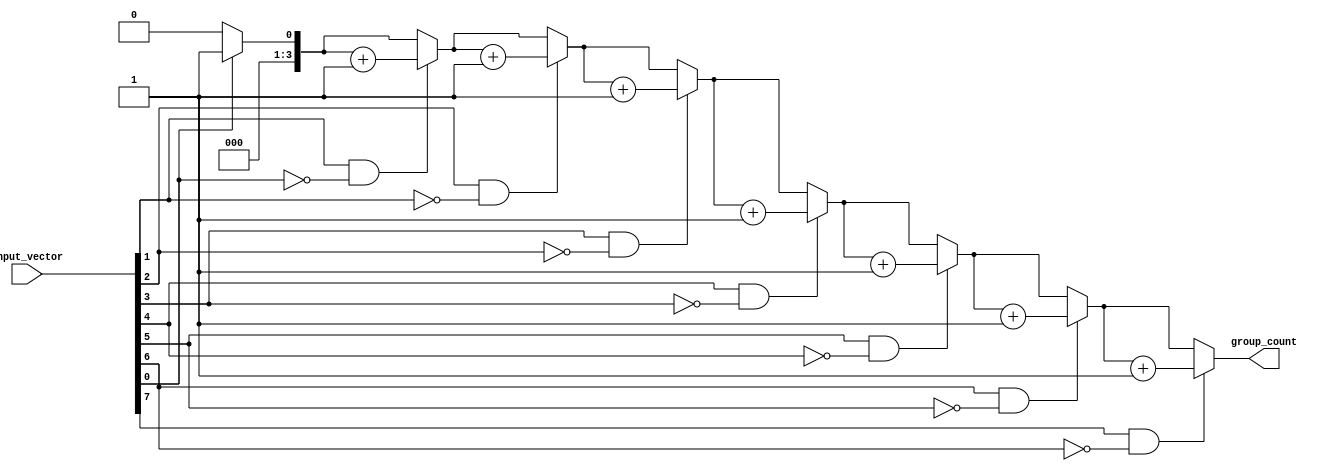
module grouping_of_ones #(
    parameter n = 8  // Input vector size
)(
    input  wire [n-1:0] input_vector,  // n-bit binary input vector
    output reg  [3:0] group_count        // Output: Count of groups (max 15 groups for 8 bits)
);

    integer i;  // Loop index

    always @(*) begin
        group_count = 0;  // Initialize group count
        // Check for groups of contiguous ones
        for (i = 0; i < n; i = i + 1) begin
            // Detect the start of a group (transition from 0 to 1)
            if (input_vector[i] == 1 && (i == 0 || input_vector[i-1] == 0)) begin
                group_count = group_count + 1;
            end
        end
    end

endmodule